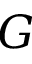
G